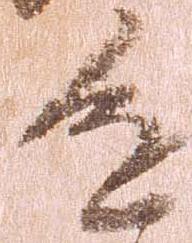
進